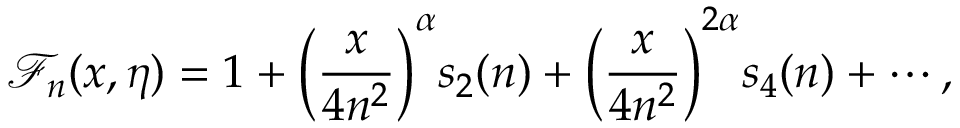
\mathcal { F } _ { n } ( x , \eta ) = 1 + \bigg ( \frac { x } { 4 n ^ { 2 } } \bigg ) ^ { \alpha } s _ { 2 } ( n ) + \bigg ( \frac { x } { 4 n ^ { 2 } } \bigg ) ^ { 2 \alpha } s _ { 4 } ( n ) + \cdots ,